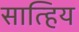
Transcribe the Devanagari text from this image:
सात्हिय